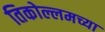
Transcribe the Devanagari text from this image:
तिकोल्लमच्या